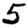
Digit: 5